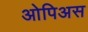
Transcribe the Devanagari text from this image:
ओपिअस